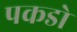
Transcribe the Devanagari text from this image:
पकडो